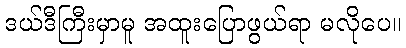
ဒယ်ဒီကြီးမှာမူ အထူးပြောဖွယ်ရာ မလိုပေ။